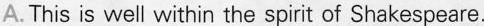
A.This is well within the spirit of Shakespeare.